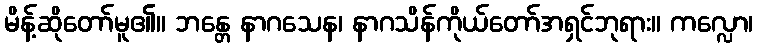
မိန့်ဆိုတော်မူ၏။ ဘန္တေ နာဂသေန၊ နာဂသိန်ကိုယ်တော်အရှင်ဘုရား။ ကလ္လော၊